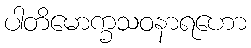
ပါတိမောက္ခသဝနာရဟော